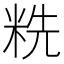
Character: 䊁